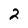
Character: 2